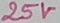
Text: 25V